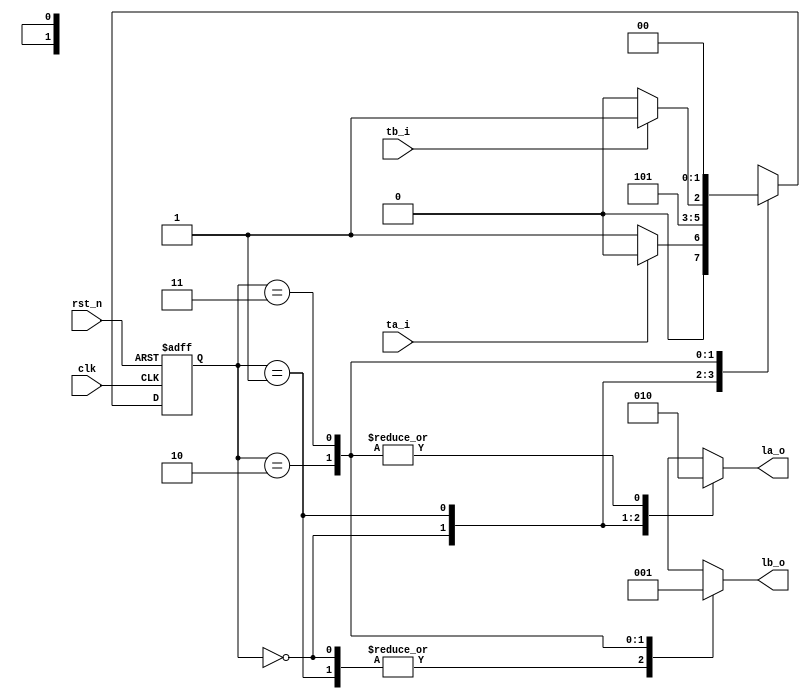
module fsm_ornek4_okul(
    input clk,
    input rst_n,
    input ta_i,
    input tb_i,
    output la_o,
    output lb_o
    );
    
    localparam S0 = 2'b00;
    localparam S1 = 2'b01;
    localparam S2 = 2'b10;
    localparam S3 = 2'b11;
    
    localparam green = 2'b00 ;
    localparam yellow = 2'b01 ;
    localparam red = 2'b10;
    
    reg [1:0]la,lb ;
    reg [1:0] state ;
    
    always@(posedge clk, negedge rst_n)begin
        if(rst_n == 1'b00)begin
            state <= S0 ;
        end
        else begin
            case(state)
                S0 : begin
                    if(ta_i == 1'b0)begin
                        state <= S1 ;
                    end
                    else begin
                        state <= S0 ;
                    end
                end
                S1 : begin
                    state <= S2 ;
                end
                S2 : begin
                    if(tb_i == 1'b0)begin
                        state <= S2 ;    
                    end
                    else begin
                        state <= S3 ;
                    end
                end
                S3 : begin
                    state <= S0 ;
                end
            endcase        
        end
    end
    
    always @(*)begin
        case(state)
            S0 : begin
                la = green ;
                lb = red ;
            end
            S1 : begin
                la = yellow ;
                lb = red ;
            end
            S2 : begin
                la = red ;
                lb = green ;
            end
            S3 : begin
                la = red ;
                lb = yellow ;
            end
        endcase
    end
    
    assign la_o = la ;
    assign lb_o = lb ;
    
endmodule